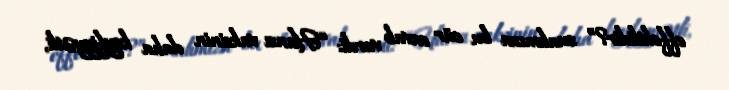
effektlidir?” sualımıza bu cür cavab verdi: “Hansı vaksinin daha keyfiyyətli,